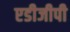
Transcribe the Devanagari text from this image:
एडीजीपी